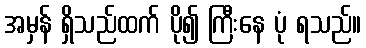
အမှန် ရှိသည်ထက် ပို၍ ကြီးနေ ပုံ ရသည်။